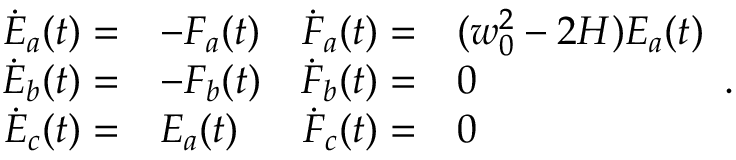
\begin{array} { r l r l } { \dot { E } _ { a } ( t ) = } & { - F _ { a } ( t ) } & { \dot { F } _ { a } ( t ) = } & { ( w _ { 0 } ^ { 2 } - 2 H ) E _ { a } ( t ) } \\ { \dot { E } _ { b } ( t ) = } & { - F _ { b } ( t ) } & { \dot { F } _ { b } ( t ) = } & { 0 } \\ { \dot { E } _ { c } ( t ) = } & { E _ { a } ( t ) } & { \dot { F } _ { c } ( t ) = } & { 0 } \end{array} .